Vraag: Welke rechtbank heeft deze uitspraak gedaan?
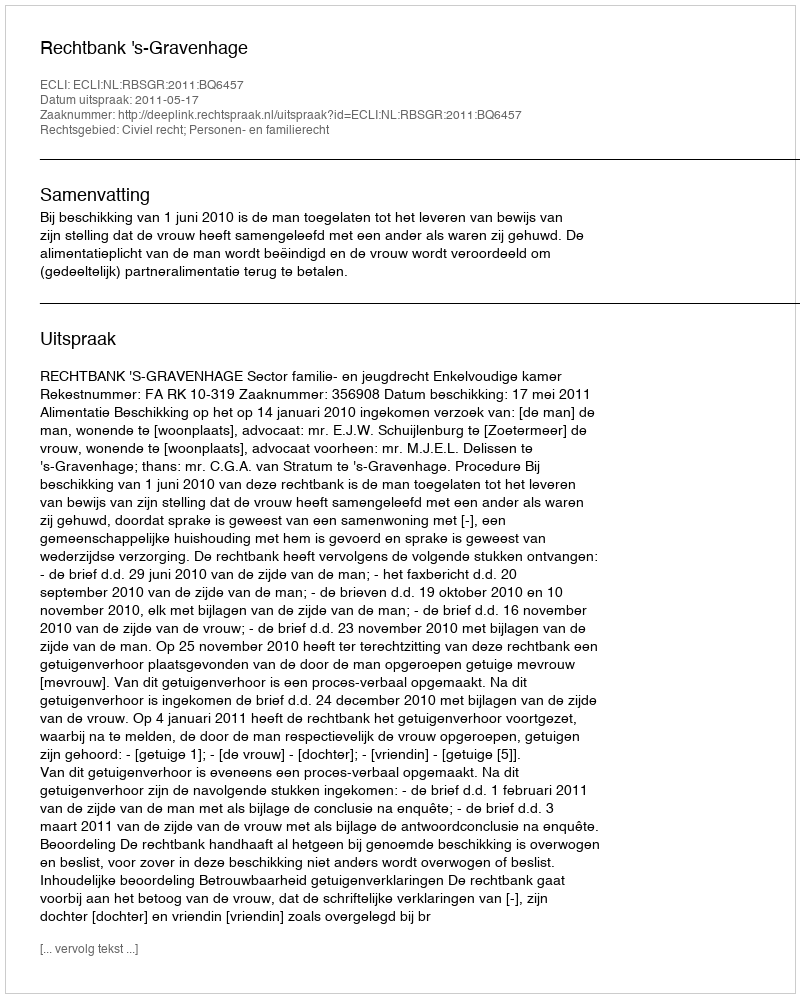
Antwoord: Rechtbank 's-Gravenhage